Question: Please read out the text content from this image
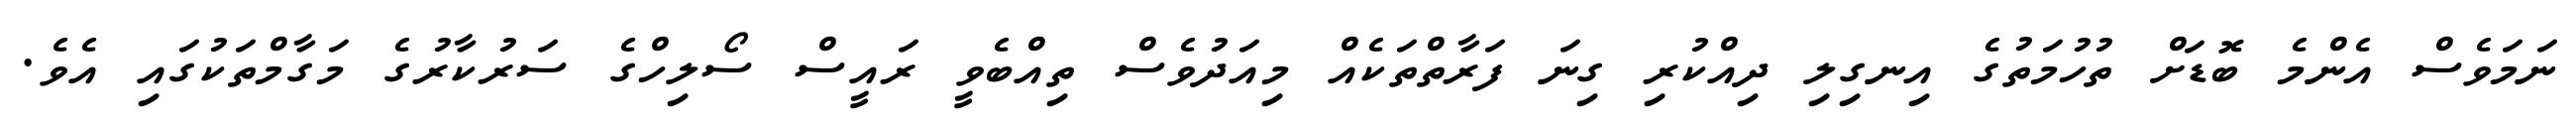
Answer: ނަމަވެސް އެންމެ ބޮޑަށް ތުހުމަތުގެ އިނގިލި ދިއްކުރި ގިނަ ފަރާތްތަކެއް މިއަދުވެސް ތިއްބެވީ ރައީސް ސޯލިހްގެ ސަރުކާރުގެ މަގާމްތަކުގައި އެވެ.